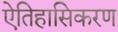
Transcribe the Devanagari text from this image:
ऐतिहासिकरण